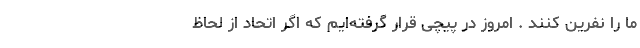
ما را نفرین کنند . امروز در پیچی قرار گرفته‌ایم که اگر اتحاد از لحاظ